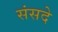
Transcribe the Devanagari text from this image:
संसदे